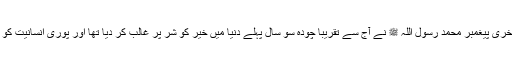
خدا کے آخری پیغمبر محمد رسول اللہ ﷺ نے آج سے تقریباً چودہ سو سال پہلے دنیا میں خیر کو شر پر غالب کر دیا تھا اور پوری انسانیت کو اس کے ۔